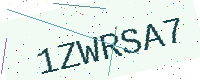
Text: 1ZWRSA7